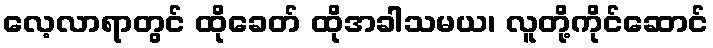
လေ့လာရာတွင် ထိုခေတ် ထိုအခါသမယ၊ လူတို့ကိုင်ဆောင်